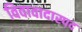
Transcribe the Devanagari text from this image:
विवावादास्पद